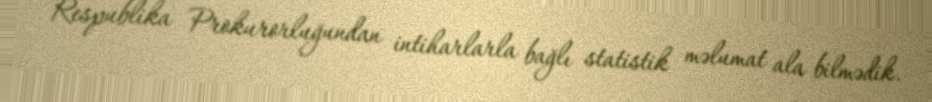
Respublika Prokurorluğundan intiharlarla bağlı statistik məlumat ala bilmədik.